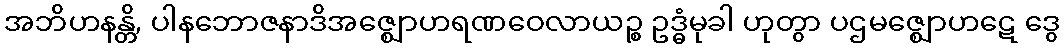
အဘိဟနန္တိ, ပါနဘောဇနာဒိအဇ္ဈောဟရဏဝေလာယဉ္စ ဥဒ္ဓံမုခါ ဟုတွာ ပဌမဇ္ဈောဟဋေ ဒွေ